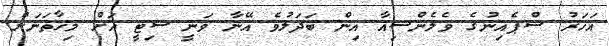
އަހަރު ސްޕެއިނުގެ ވެލެންސިއާ އިން ބަދަލުވެ އޭނާ ވަނީ ސިޓީ އަށް މިހާތަނަށް